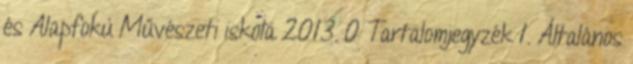
és Alapfokú Művészeti iskola 2013. 0 Tartalomjegyzék 1. Általános